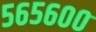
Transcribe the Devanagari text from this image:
५६५६००